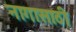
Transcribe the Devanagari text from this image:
नागासाठी